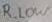
Text: R+LOW